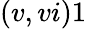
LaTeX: (v,vi)1